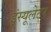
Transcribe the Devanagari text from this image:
इंस्यूलेटर